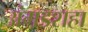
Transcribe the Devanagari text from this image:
अंगडशहा